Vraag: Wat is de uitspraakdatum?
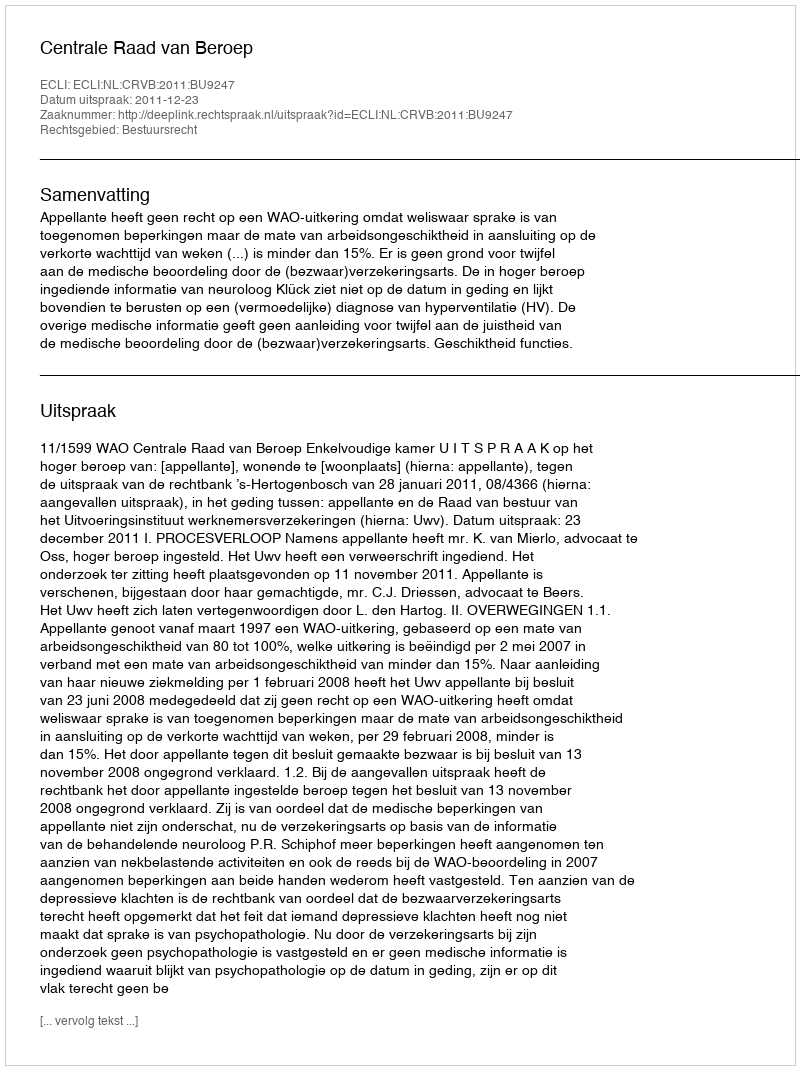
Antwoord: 2011-12-23